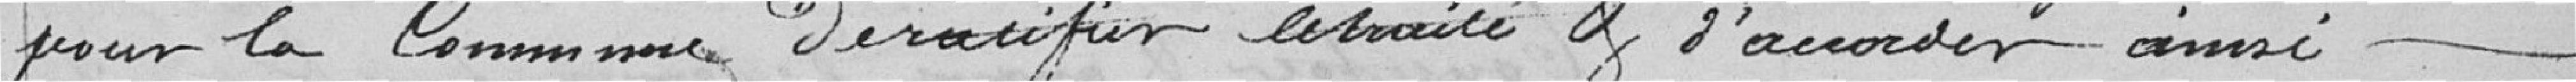
pour la commune de rectifier le traité et d'accorder ainsi